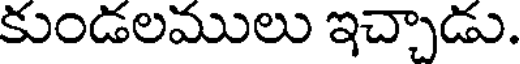
కుండలములు ఇచ్చాడు.